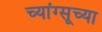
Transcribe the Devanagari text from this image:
च्यांग्सूच्या